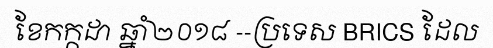
ខែកក្កដា ឆ្នាំ២០១៨ --ប្រទេស BRICS ដែល